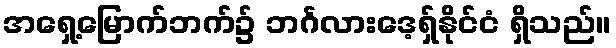
အရှေ့မြောက်ဘက်၌ ဘင်္ဂလားဒေ့ရှ်နိုင်ငံ ရှိသည်။